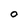
Character: O